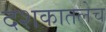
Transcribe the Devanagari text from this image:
दशकातलेच